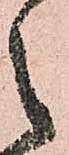
之